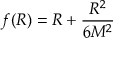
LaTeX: f ( R ) = R + { \frac { R ^ { 2 } } { 6 M ^ { 2 } } }